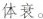
体衰。